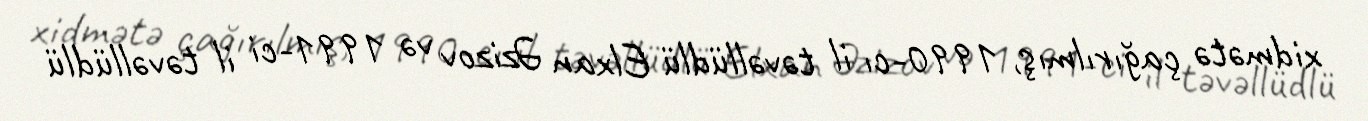
xidmətə çağırılmış, 1990-cı il təvəllüdlü Elxan Əzizov və 1991-ci il təvəllüdlü